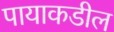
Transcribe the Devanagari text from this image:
पायाकडील